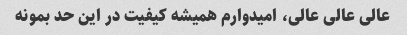
عالی عالی عالی، امیدوارم همیشه کیفیت در این حد بمونه